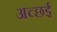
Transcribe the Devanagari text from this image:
अच्छई